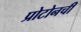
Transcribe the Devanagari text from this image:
प्रोटोनची